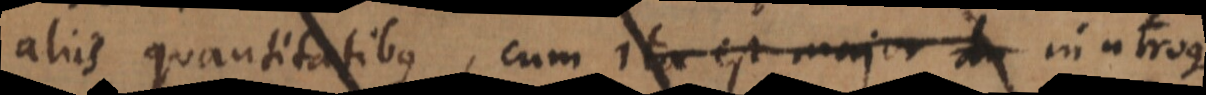
aliis quantitatibus, cum ita est major du in utroque